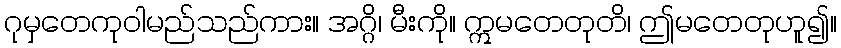
ဂုမှတေကုဝါမည်သည်ကား။ အဂ္ဂိ၊ မီးကို။ ဣမတေတုတိ၊ ဤမတေတုဟူ၍။